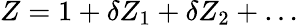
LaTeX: Z=1+\delta Z_{1}+\delta Z_{2}+\ldots